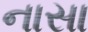
નાસા